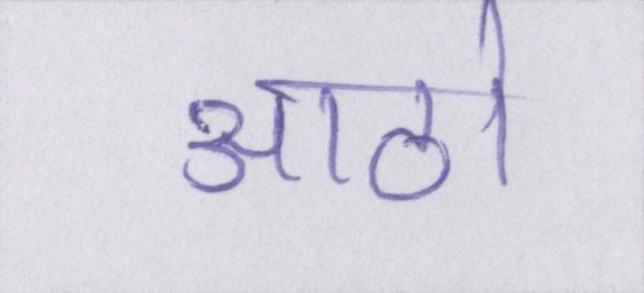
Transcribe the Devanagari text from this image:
आठो